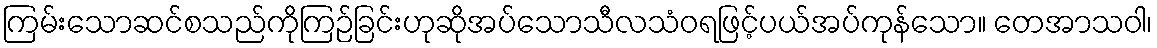
ကြမ်းသောဆင်စသည်ကိုကြဉ်ခြင်းဟုဆိုအပ်သောသီလသံဝရဖြင့်ပယ်အပ်ကုန်သော။ တေအာသဝါ၊